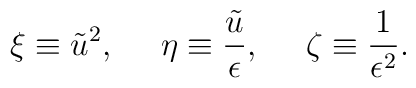
\xi \equiv \tilde{u}^2,\: \: \: \: \: \: \eta \equiv \frac {\tilde{u}}{\epsilon},\: \: \: \: \: \: \zeta \equiv \frac{1}{\epsilon^2}.